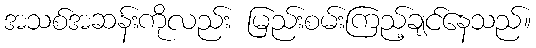
အသစ်အဆန်းကိုလည်း မြည်းစမ်းကြည့်ချင်နေသည်။